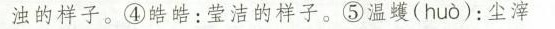
浊的样子。④皓皓：莹洁的样子。⑤温蠖( huo )：尘滓